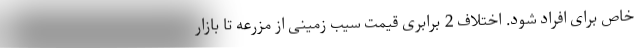
خاص برای افراد شود. اختلاف 2 برابری قیمت سیب زمینی از مزرعه تا بازار